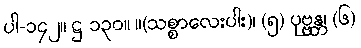
ပါ-၁၄၂။ ဋ္ဌ-၁၃၀။ ။(သစ္စာလေးပါး)၊ (၅) ပုဗ္ဗန္တ၊ (၆)